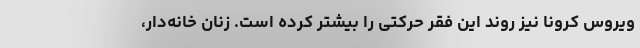
ویروس کرونا نیز روند این فقر حرکتی را بیشتر کرده است. زنان خانه‌دار،